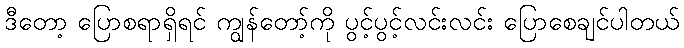
ဒီတော့ ပြောစရာရှိရင် ကျွန်တော့်ကို ပွင့်ပွင့်လင်းလင်း ပြောစေချင်ပါတယ်